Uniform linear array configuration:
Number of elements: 16
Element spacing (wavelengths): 0.5
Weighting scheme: kaiser
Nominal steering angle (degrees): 0
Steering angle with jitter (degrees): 0.1417
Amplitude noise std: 0.05
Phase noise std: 0.05

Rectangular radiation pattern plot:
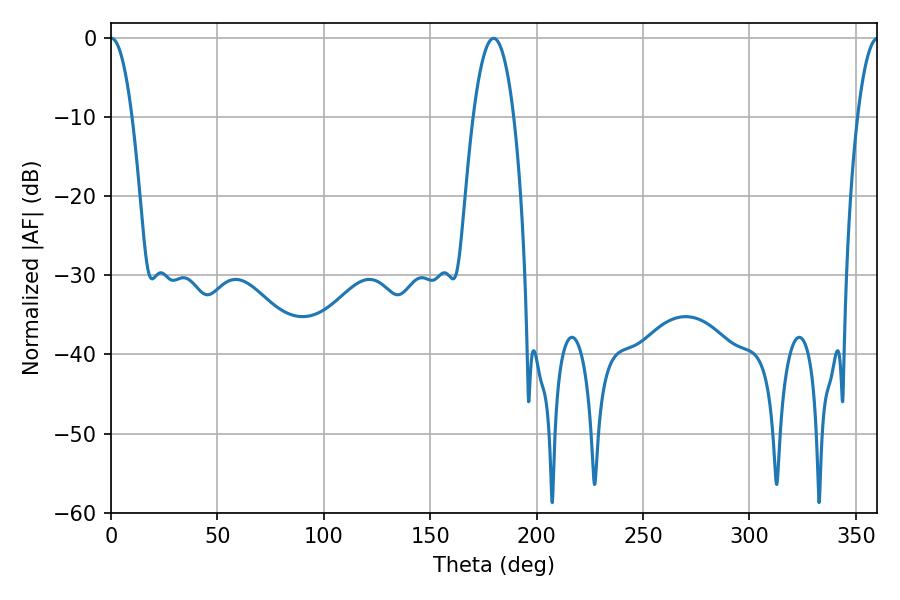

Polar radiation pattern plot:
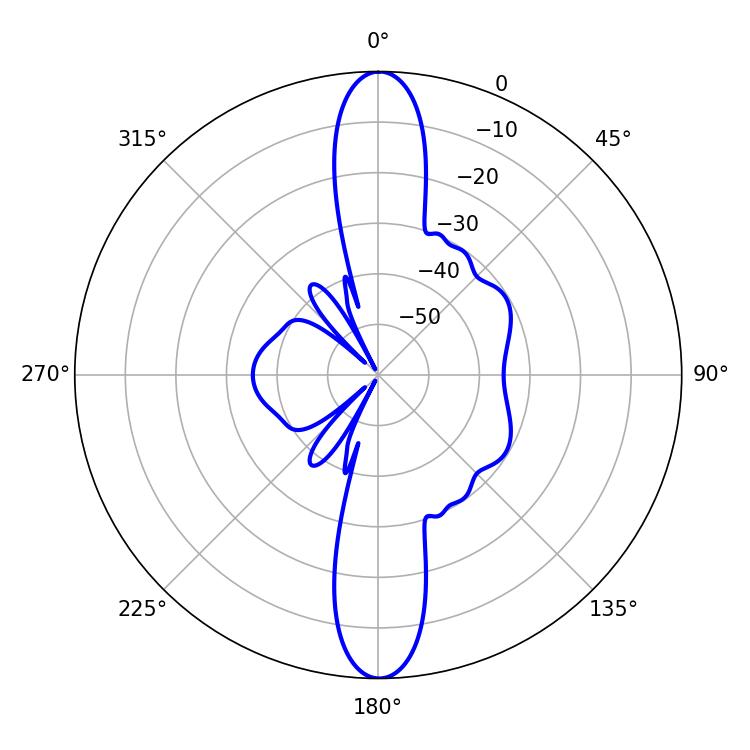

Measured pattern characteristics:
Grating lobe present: FALSE
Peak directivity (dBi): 28.235
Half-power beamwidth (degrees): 5.58
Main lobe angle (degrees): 0.18